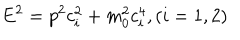
E ^ { 2 } = p ^ { 2 } c _ { i } ^ { 2 } + m _ { 0 } ^ { 2 } c _ { i } ^ { 4 } , ( i = 1 , 2 )